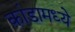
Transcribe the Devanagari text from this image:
कांडामध्ये